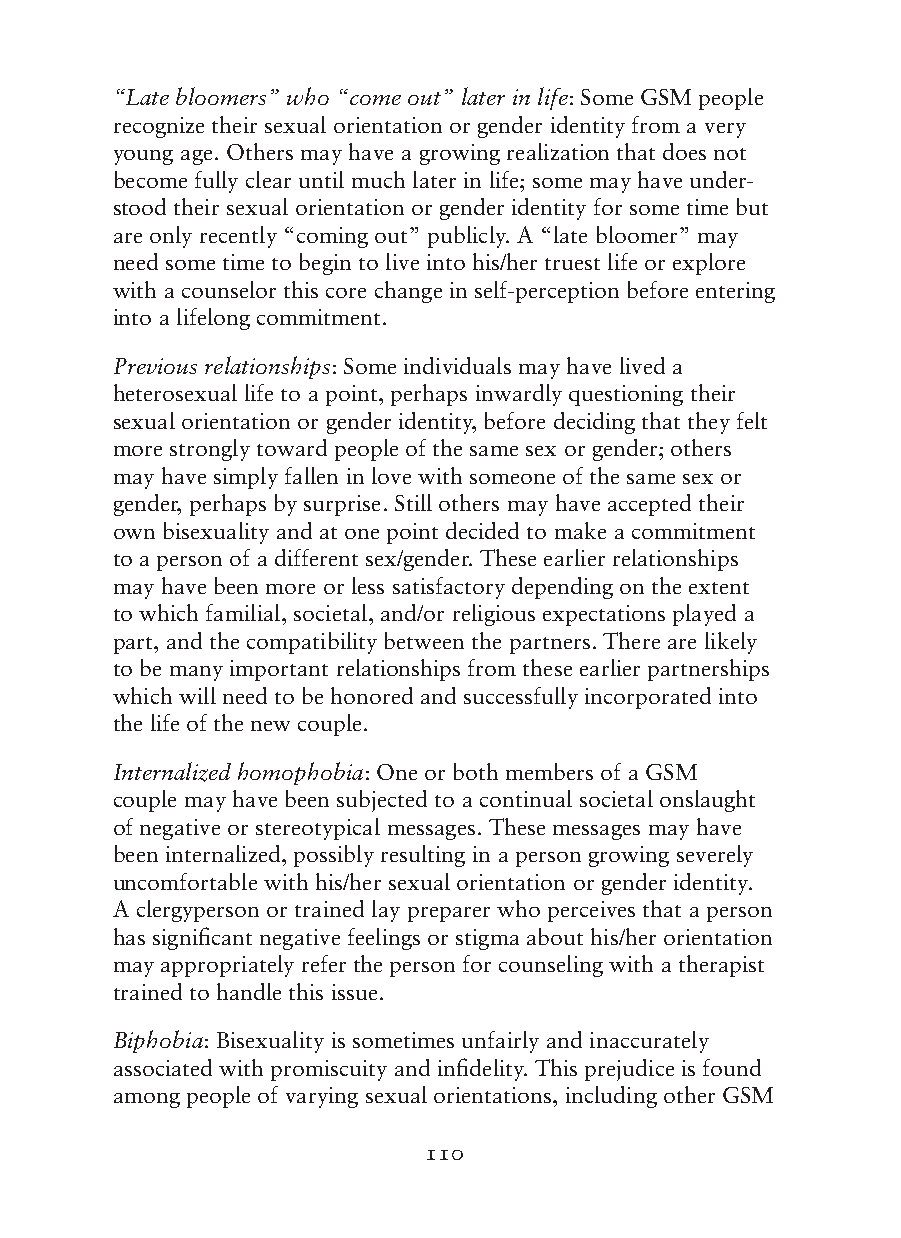
“Late bloomers” who “come out” later in life: Some GSM people
 recognize their sexual orientation or gender identity from a very
 young age. Others may have a growing realization that does not
 become fully clear until much later in life; some may have under-
 stood their sexual orientation or gender identity for some time but
 are only recently “coming out” publicly. A “late bloomer” may
 need some time to begin to live into his/her truest life or explore
 with a counselor this core change in self-perception before entering
 into a lifelong commitment.
 Previous relationships: Some individuals may have lived a
 heterosexual life to a point, perhaps inwardly questioning their
 sexual orientation or gender identity, before deciding that they felt
 more strongly toward people of the same sex or gender; others
 may have simply fallen in love with someone of the same sex or
 gender, perhaps by surprise. Still others may have accepted their
 own bisexuality and at one point decided to make a commitment
 to a person of a different sex/gender. These earlier relationships
 may have been more or less satisfactory depending on the extent
 to which familial, societal, and/or religious expectations played a
 part, and the compatibility between the partners. There are likely
 to be many important relationships from these earlier partnerships
 which will need to be honored and successfully incorporated into
 the life of the new couple.
 Internalized homophobia: One or both members of a GSM
 couple may have been subjected to a continual societal onslaught
 of negative or stereotypical messages. These messages may have
 been internalized, possibly resulting in a person growing severely
 uncomfortable with his/her sexual orientation or gender identity.
 A clergyperson or trained lay preparer who perceives that a person
 has significant negative feelings or stigma about his/her orientation
 may appropriately refer the person for counseling with a therapist
 trained to handle this issue.
 Biphobia: Bisexuality is sometimes unfairly and inaccurately
 associated with promiscuity and infidelity. This prejudice is found
 among people of varying sexual orientations, including other GSM
 110